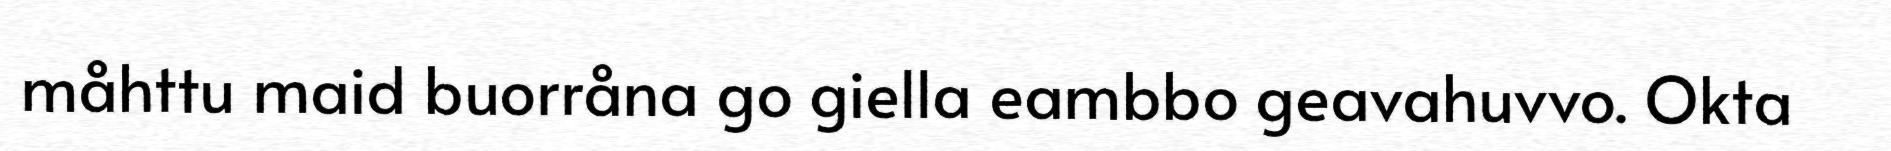
måhttu maid buorråna go giella eambbo geavahuvvo. Okta